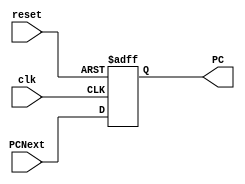
//This models the Program Counter unit
/////////////////////////////////////////////////////
module PC (
    clk, reset, PC, PCNext
);
    input clk, reset;
    input [31:0] PCNext;
    output reg [31:0] PC;
    ///////////////////////////////////////
    always @(posedge clk or posedge reset) begin
        if (reset == 1'b1)
            PC <= 32'h0000;
        else 
            PC <= PCNext;
    end
endmodule